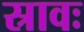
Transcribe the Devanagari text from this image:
स्रावः